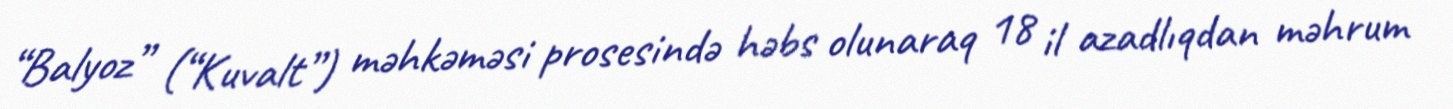
“Balyoz” (“Kuvalt”) məhkəməsi prosesində həbs olunaraq 18 il azadlıqdan məhrum